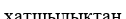
хатшылықтан